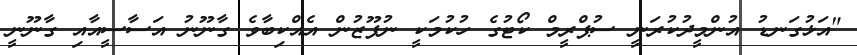
"އަޅުގަނޑު އުންމީދުކުރަނީ ސުޕްރީމް ކޯޓުގެ ހުކުމަކީ ނުފޫޒުން އެއްކިބާވެ ގާނޫނު އަސާސީއާއި ގާނޫނީ